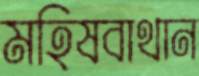
মহিষবাথান